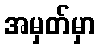
အမှတ်မှာ